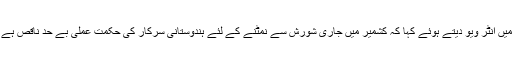
حال ہی میں امرتا سین نے بھارتی صحافی کرن تھاپڑ کے پروگرام ”ٹو دی پوائنٹ“ میں انٹر ویو دیتے ہوئے کہا کہ کشمیر میں جاری شورش سے نمٹنے کے لئے ہندوستانی سرکار کی حکمت عملی بے حد ناقص ہے ”یہ بھارتی جمہوریت کے چہرے پر سب سے بڑا داغ ہے، اس میں کوئی شبہ نہیں۔